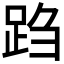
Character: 𬦩